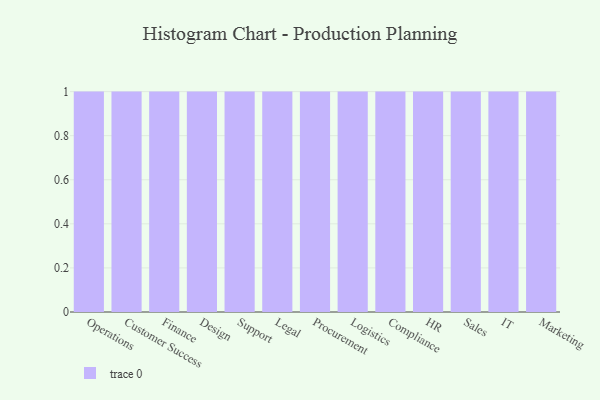
{"axis": {"x": "Department", "y": "Page Views"}, "legend": [""], "data": [{"x": "Operations", "y": 91, "type": ""}, {"x": "Customer Success", "y": 69, "type": ""}, {"x": "Finance", "y": 44, "type": ""}, {"x": "Design", "y": 13, "type": ""}, {"x": "Support", "y": 38, "type": ""}, {"x": "Legal", "y": 22, "type": ""}, {"x": "Procurement", "y": 89, "type": ""}, {"x": "Logistics", "y": 97, "type": ""}, {"x": "Compliance", "y": 34, "type": ""}, {"x": "HR", "y": 6, "type": ""}, {"x": "Sales", "y": 65, "type": ""}, {"x": "IT", "y": 23, "type": ""}, {"x": "Marketing", "y": 4, "type": ""}]}